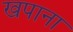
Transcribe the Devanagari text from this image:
खपाना